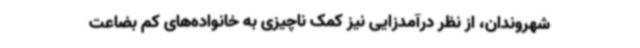
شهروندان، از نظر درآمدزایی نیز کمک ناچیزی به خانواده‌های کم بضاعت